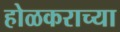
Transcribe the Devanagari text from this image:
होळकराच्या